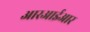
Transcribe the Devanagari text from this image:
आरआईआर